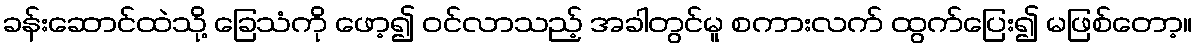
ခန်းဆောင်ထဲသို့ ခြေသံကို ဖော့၍ ဝင်လာသည့် အခါတွင်မူ စကားလက် ထွက်ပြေး၍ မဖြစ်တော့။